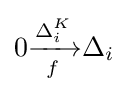
0{\xrightarrow[{f}]{\Delta _{i}^{K}}}\Delta _{i}